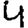
Digit: 4